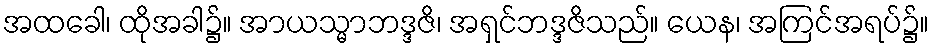
အထခေါ၊ ထိုအခါ၌။ အာယသ္မာဘဒ္ဒဇိ၊ အရှင်ဘဒ္ဒဇိသည်။ ယေန၊ အကြင်အရပ်၌။